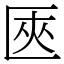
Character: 匧